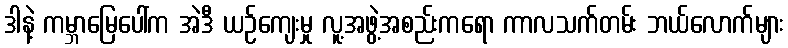
ဒါနဲ့ ကမ္ဘာမြေပေါ်က အဲဒီ ယဉ်ကျေးမှု လူ့အဖွဲ့အစည်းကရော ကာလသက်တမ်း ဘယ်လောက်များ